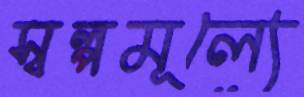
স্বল্পমূল্যে